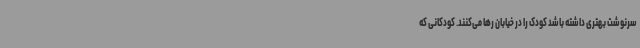
سرنوشت بهتری داشته باشد کودک را در خیابان رها می‌کنند. کودکانی که